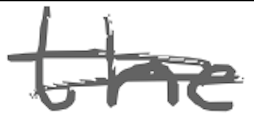
Text: the
Cross-out: double-line
Writing tool: digital_gray